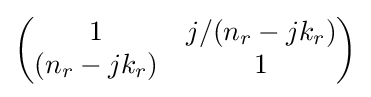
\left({\begin{matrix}1&j/(n_{r}-jk_{r})\\(n_{r}-jk_{r})&1\\\end{matrix}}\right)